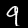
Label: 9